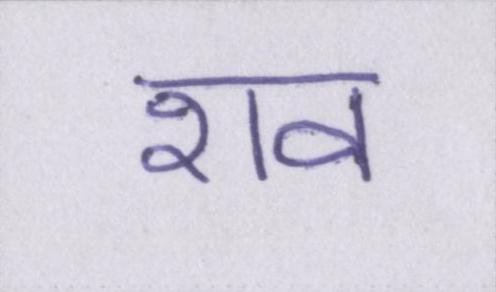
शव